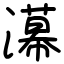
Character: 濗